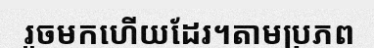
រួចមកហើយដែរ។តាមប្រភព